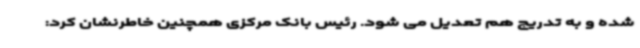
شده و به تدریج هم تعدیل می شود. رئیس بانک مرکزی همچنین خاطرنشان کرد: